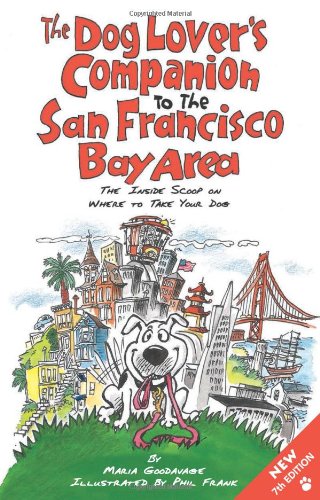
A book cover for The Dog Lover's Companion to the San Francisco Bay Area: The Inside Scoop on Where to Take Your Dog (Dog Lover's Companion Guides); Maria Goodavage; Travel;